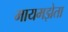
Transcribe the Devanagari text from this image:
मायमझेता